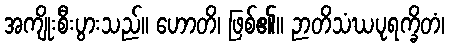
အကျိုးစီးပွားသည်။ ဟောတိ၊ ဖြစ်၏။ ဉာတိသံဃပုရက္ခိတံ၊